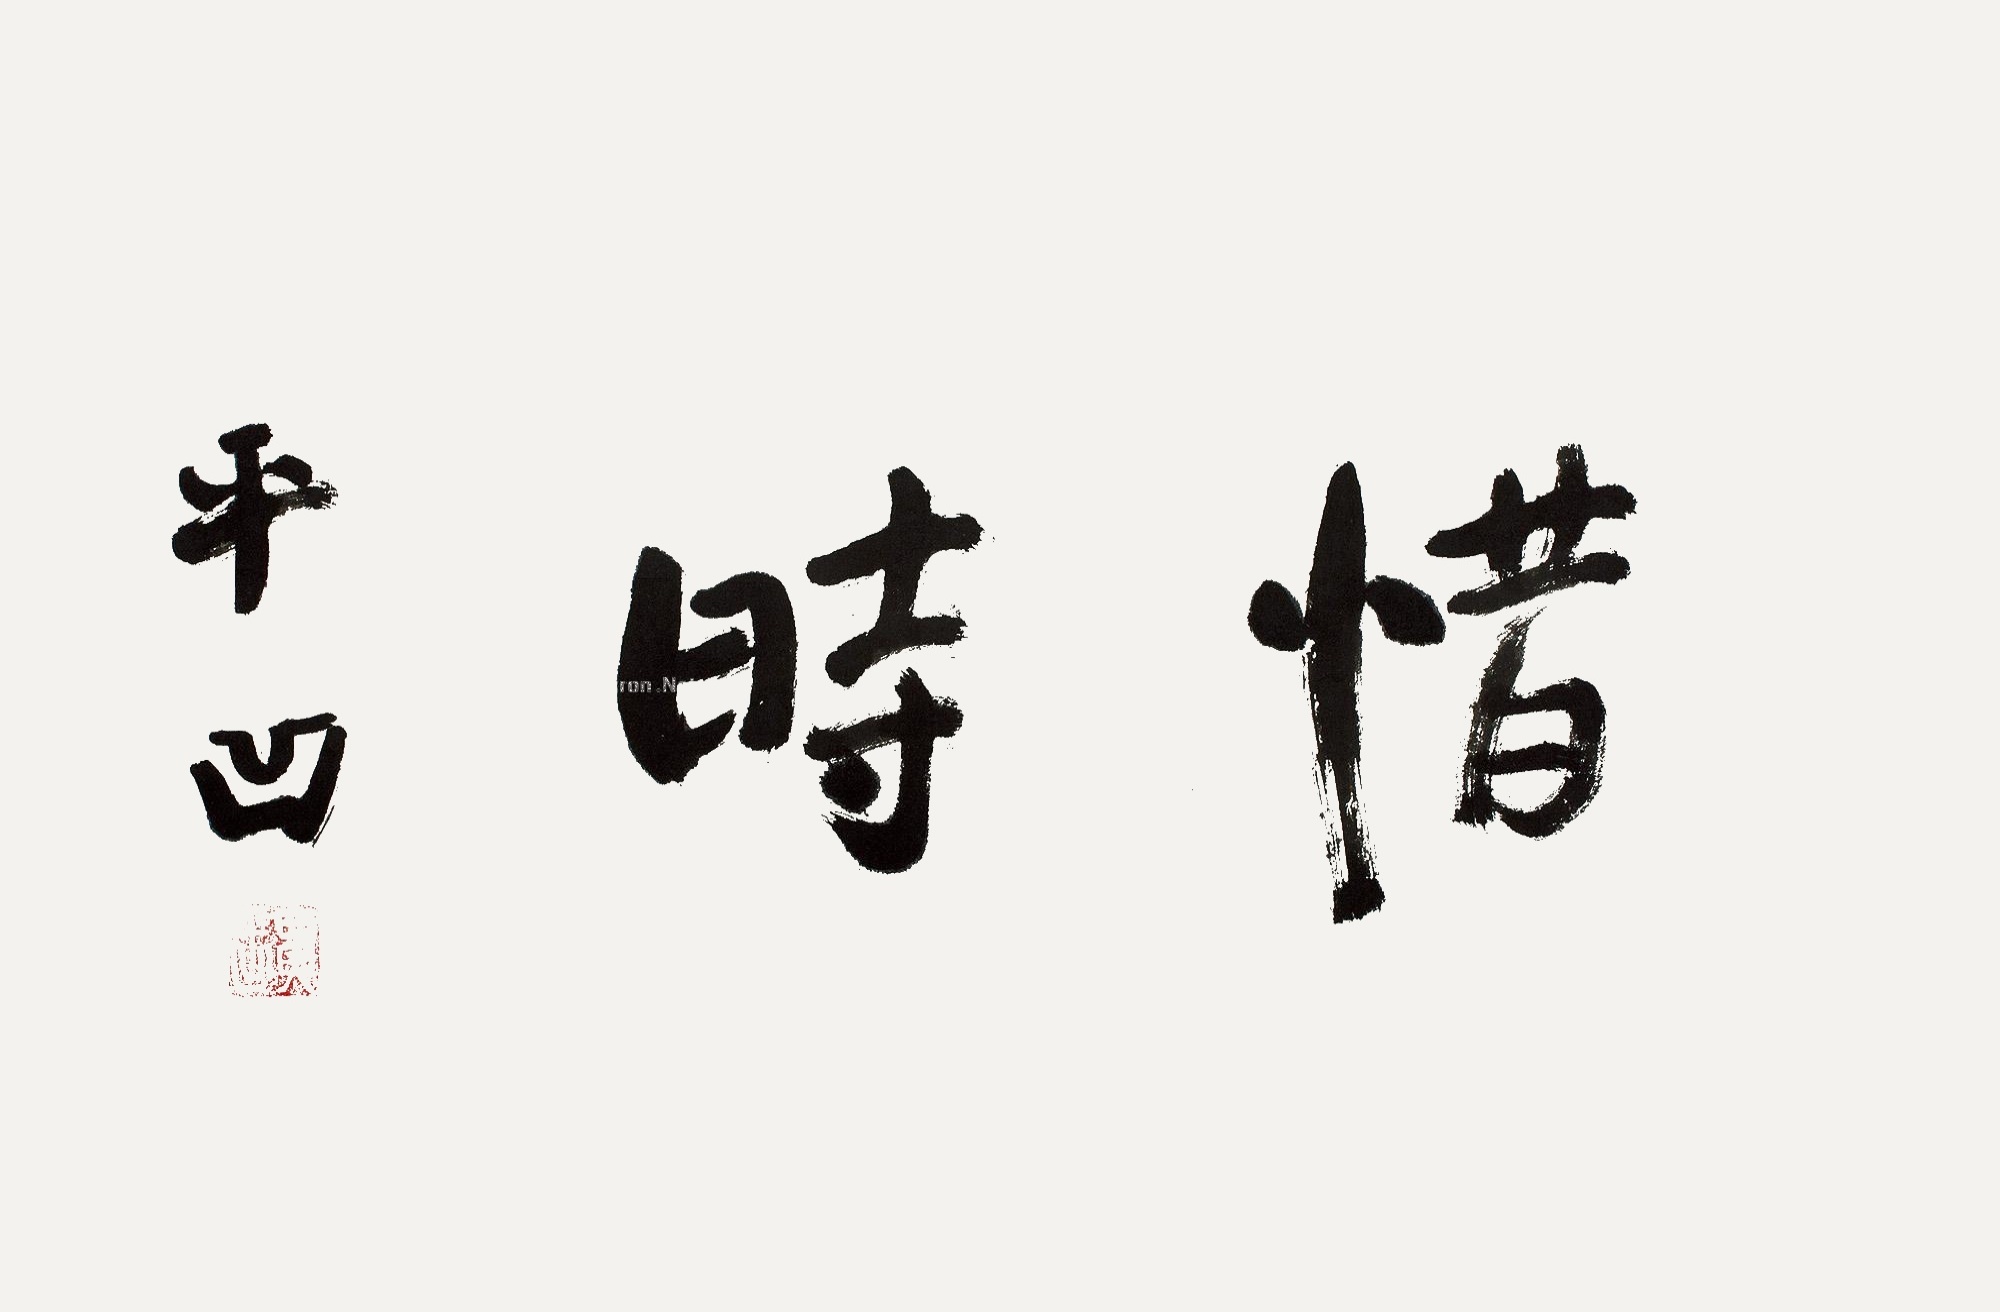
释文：惜时。平凹。